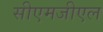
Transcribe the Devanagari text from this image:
सीएमजीएल